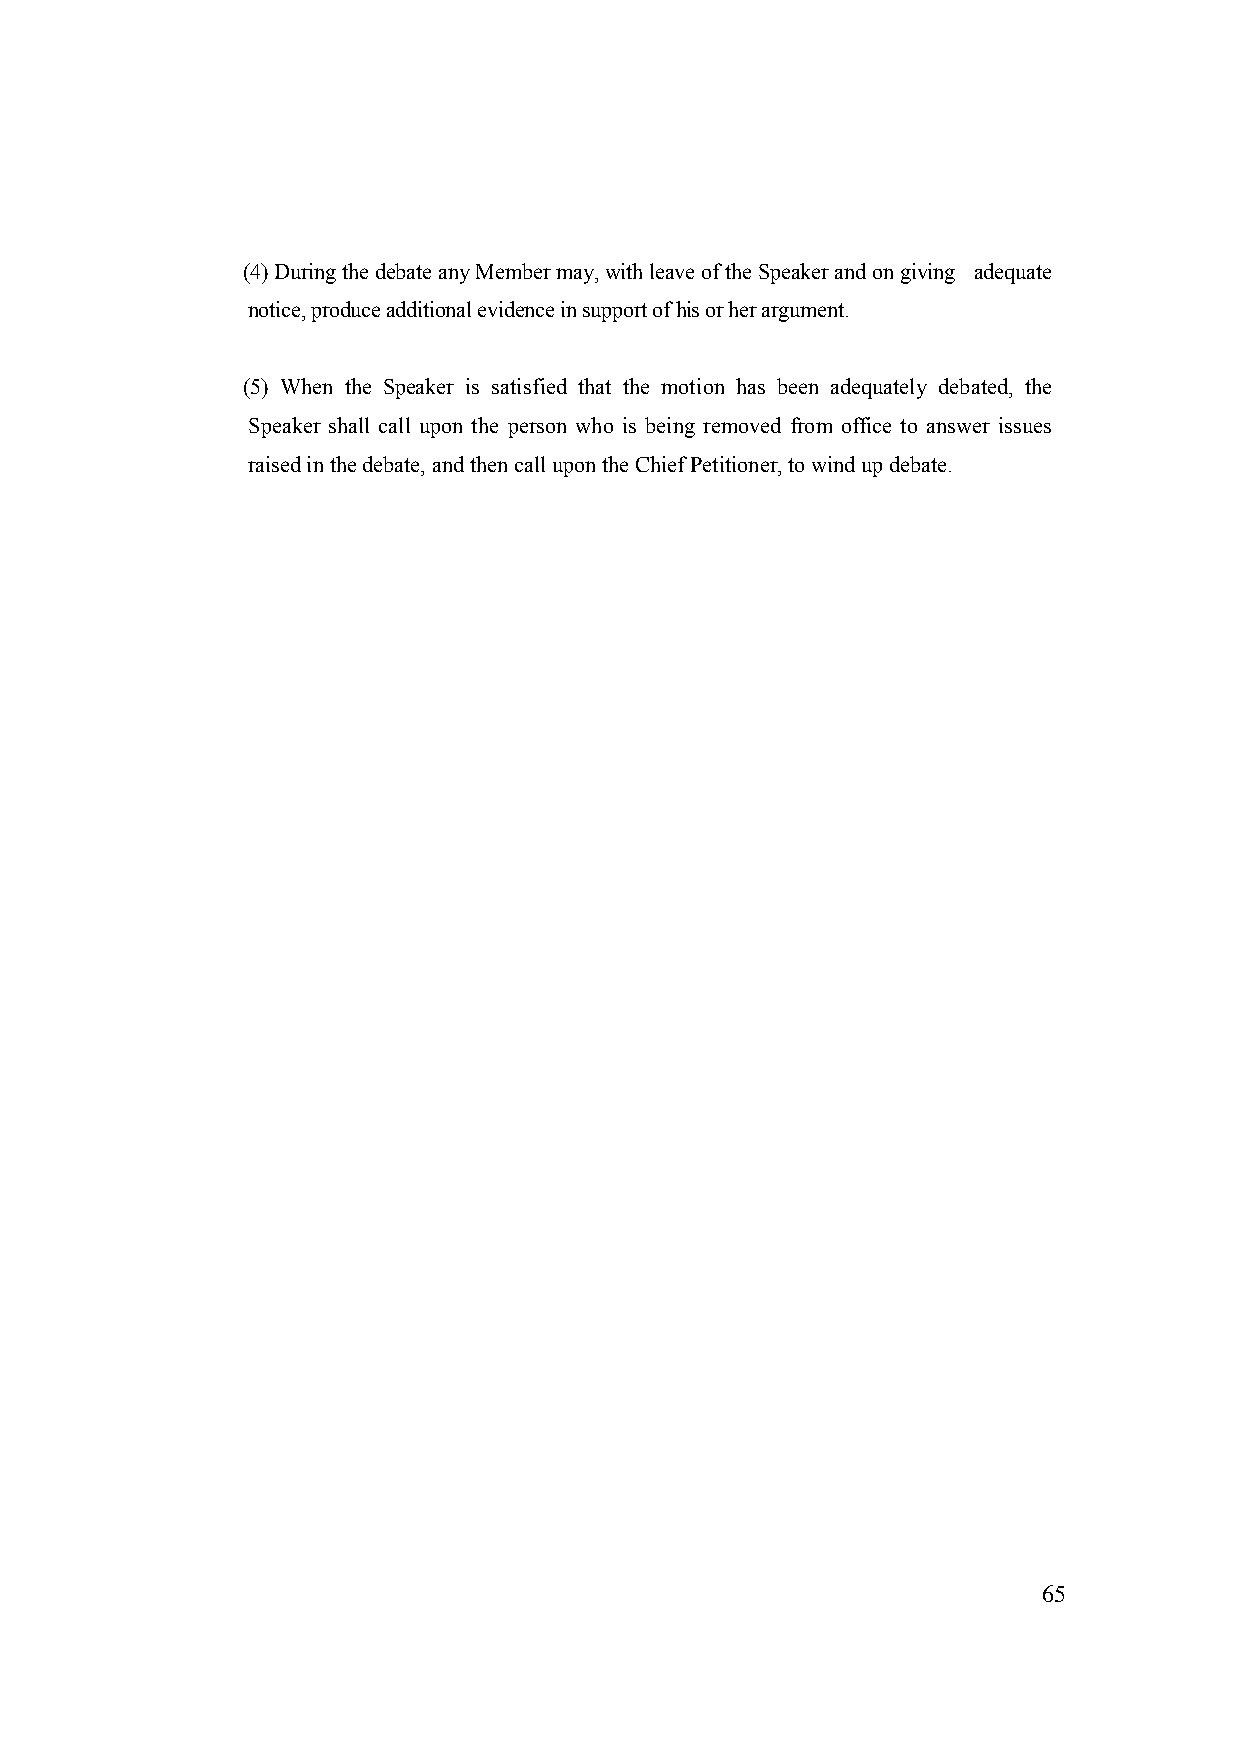
(4) During the debate any Member may, with leave of the Speaker and on giving adequate
 notice, produce additional evidence in support of his or her argument.
 (5) When the Speaker is satisfied that the motion has been adequately debated, the
 Speaker shall call upon the person who is being removed from office to answer issues
 raised in the debate, and then call upon the Chief Petitioner, to wind up debate.
 65